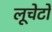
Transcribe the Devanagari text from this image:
लूचेटो